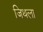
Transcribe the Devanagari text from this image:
जिथला